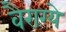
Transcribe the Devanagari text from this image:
वैराग्ये